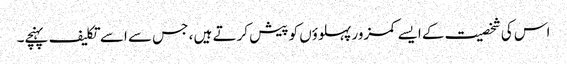
اس کی شخصیت کے ایسے کمزور پہلوؤں کو پیش کرتے ہیں ، جس سے اسے تکلیف پہنچے۔